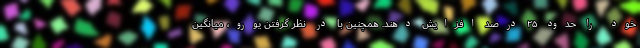
خود را حدود ۲۵ درصد افزایش دهند. همچنین با در نظر گرفتن یورو، میانگین